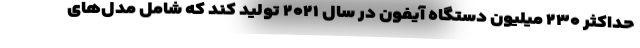
حداکثر ۲۳۰ میلیون دستگاه آیفون در سال ۲۰۲۱ تولید کند که شامل مدل‌های